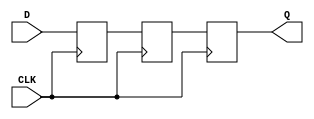
module register_nonblock_back_to_front (
	input D, CLK,
	output reg Q);
	
	reg R1, R2;
	
	always @(posedge CLK)
		begin
			Q  <= R2;
			R2 <= R1;
			R1 <= D;
		end

endmodule